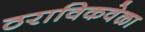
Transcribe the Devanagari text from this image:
ठराविकवेळा